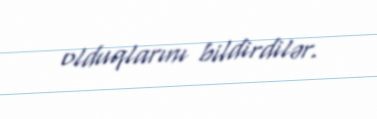
olduqlarını bildirdilər.